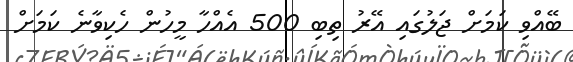
ބޭއްވި ކަމަށް ޖަލުގައި އޭރު ތިބި 500 އެއްހާ މީހުން ހެކިވާނެ ކަމަށް